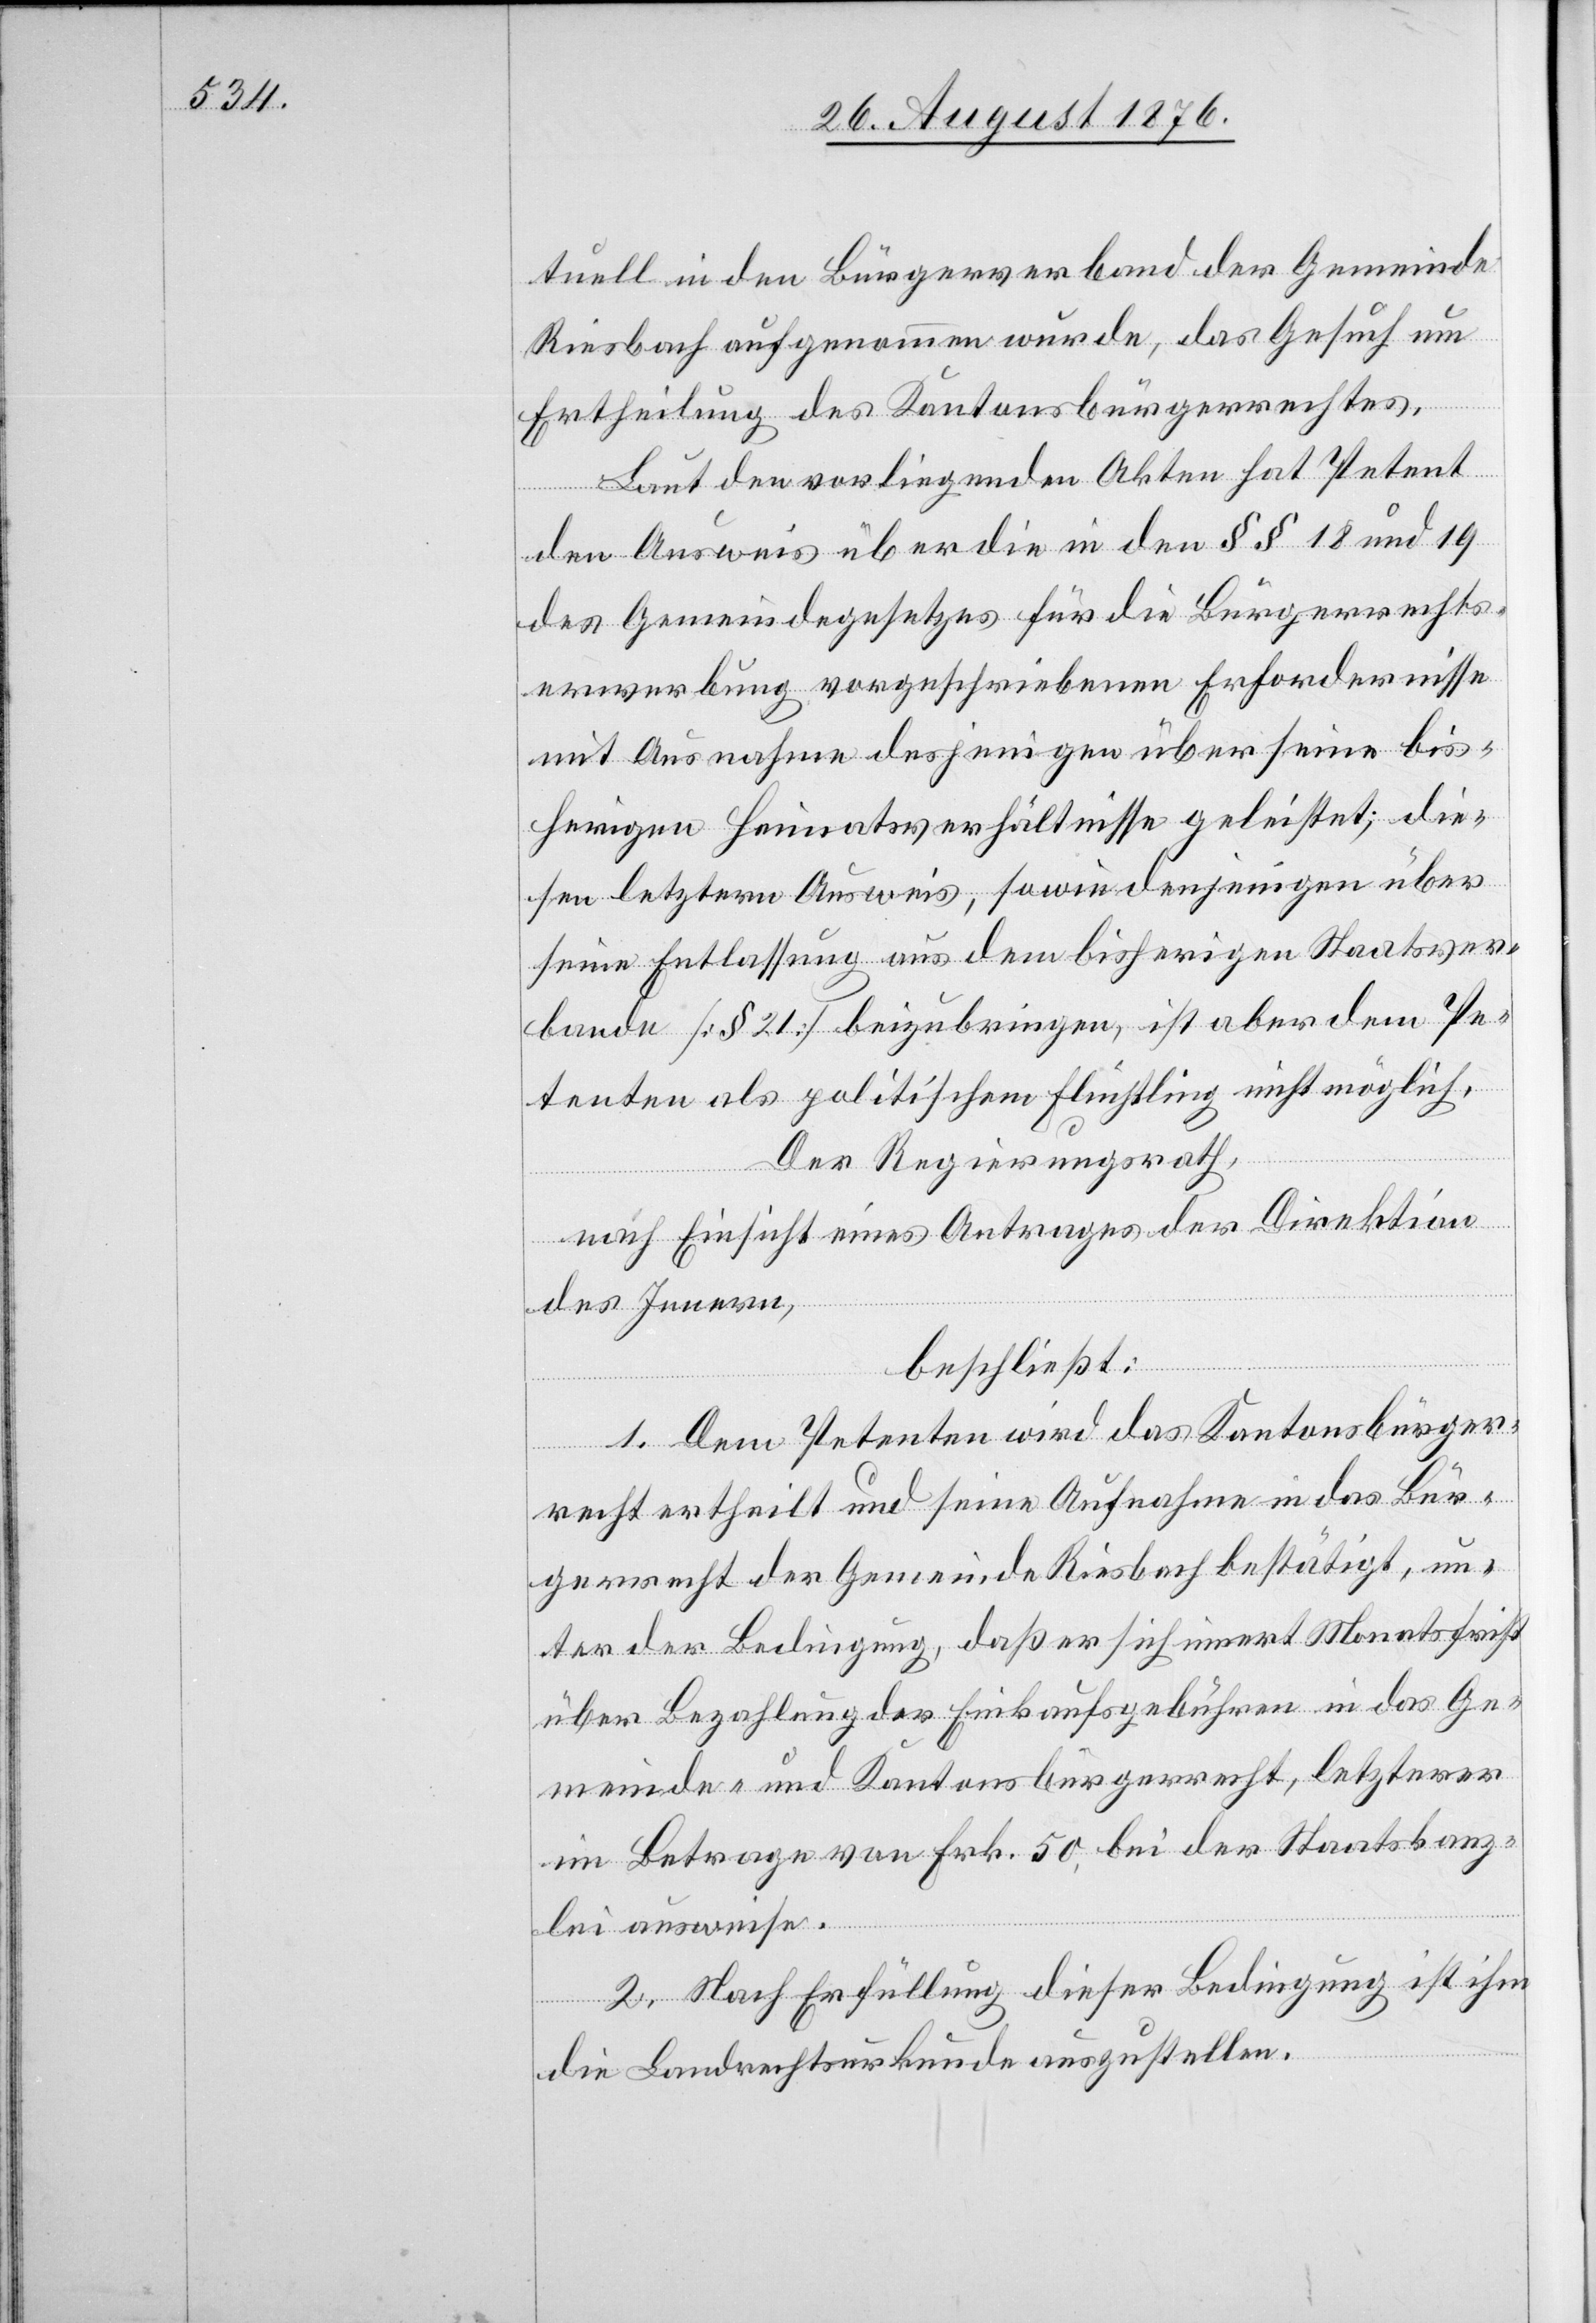
tuell in den Bürgerverband der Gemeinde
Riesbach aufgenommen wurde, das Gesuch um
Ertheilung des Kantonsbürgerrechtes.
Laut den vorliegenden Akten hat Petent
den Ausweis über die in den §§ 18 und 19
des Gemeindegesetzes für die Bürgerrechts¬
erwerbung vorgeschriebenen Erfordernisse
mit Ausnahme desjenigen über seine bis¬
herigen Heimatsverhältnisse geleistet; die¬
sen letztern Ausweis, sowie denjenigen über
seine Entlassung aus dem bisherigen Staatsver¬
bande [§ 21] beizubringen, ist aber dem Pe¬
tenten l. Js. politischem Flüchtling nicht möglich.
Der Regierungsrath,
nach Einsicht eines Antrages der Direktion
des Innern,
beschließt:
1. Dem Petenten wird das Kantonsbürger¬
recht ertheilt und seine Aufnahme in das Bür¬
gerrecht der Gemeinde Riesbach bestätigt, un¬
ter der Bedingung, daß er sich innert Monatsfrist
über Bezahlung der Einkaufsgebühren in das Ge¬
meinde- und Kantonsbürgerrecht, letzterer
im Betrage von Frk. 50, bei der Staatskanz¬
lei ausweise.
2. Nach Erfüllung dieser Bedingung ist ihm
die Landrechtsurkunde auszustellen.